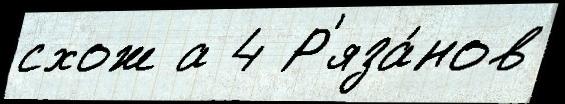
схож а 4 Р'яза́нов